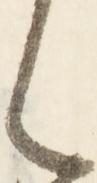
く